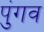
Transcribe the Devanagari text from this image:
पुंगव